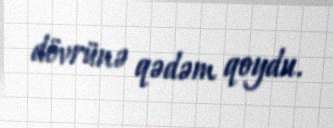
dövrünə qədəm qoydu.